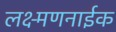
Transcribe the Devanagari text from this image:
लक्ष्मणनाईक